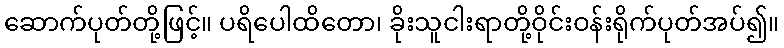
ဆောက်ပုတ်တို့ဖြင့်။ ပရိပေါထိတော၊ ခိုးသူငါးရာတို့ဝိုင်းဝန်းရိုက်ပုတ်အပ်၍။